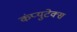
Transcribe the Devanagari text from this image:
कंप्युटेक्स